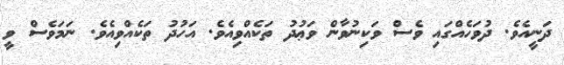
ދަނީއެވެ. ދުވަހެއްގައި ވެސް ވަކިނުވާން ވަޢުދު ތަކެއްވިއެވެ. އަހުދު ތަކެއްވިއެވެ. ނަމަވެސް ވީ